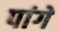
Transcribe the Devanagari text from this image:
पांगे